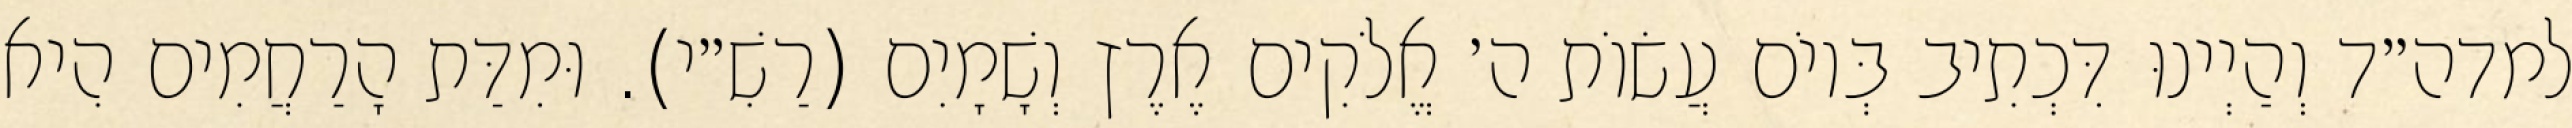
למדה״ד וְהַיְינוּ דִּכְתִיב בְּיוֹם עֲשׂוֹת ה׳ אֱלֹקִים אֶרֶץ וְשָׁמָיִם (רַשִׁ״י). וּמִדַּת הָרַחֲמִים הִיא